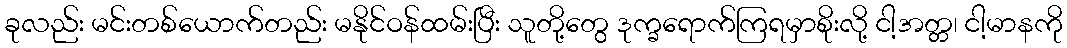
ခုလည်း မင်းတစ်ယောက်တည်း မနိုင်ဝန်ထမ်းပြီး သူတို့တွေ ဒုက္ခရောက်ကြရမှာစိုးလို့ ငါ့အတ္တ၊ ငါ့မာနကို